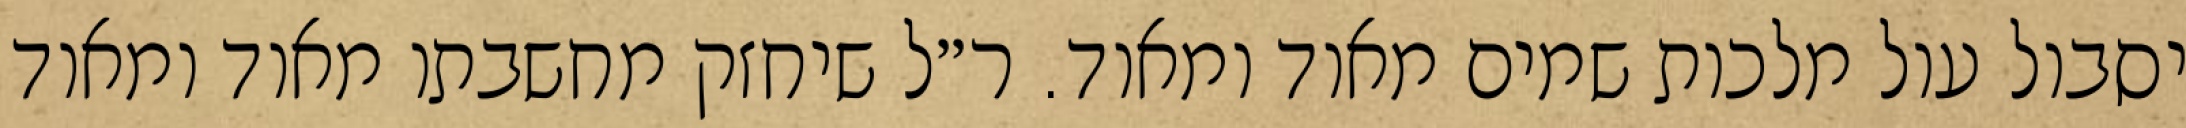
יסבול עול מלכות שמים מאוד ומאוד. ר״ל שיחזק מחשבתו מאוד ומאוד